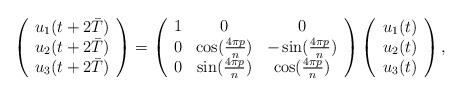
LaTeX: \begin{align*}\left(\begin{array}{c}u_1(t + 2\bar{T}) \\u_2(t +2 \bar{T}) \\u_3(t + 2\bar{T}) \end{array}\right)=\left(\begin{array}{ccc}1 & 0 & 0 \\0 & \cos (\frac{4\pi p}{n}) & -\sin (\frac{4\pi p}{n}) \\0 & \sin (\frac{4\pi p}{n}) & \cos (\frac{4\pi p}{n}) \end{array}\right)\left(\begin{array}{c}u_1(t) \\u_2(t) \\u_3(t)\end{array}\right),\end{align*}